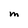
Character: M